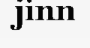
jinn